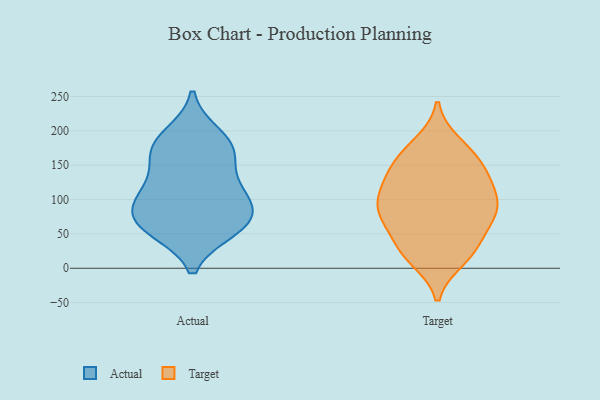
{"axis": {"x": "Waste Production (Tons)", "y": "Value"}, "legend": ["Actual", "Target"], "data": [{"x": "", "y": 68, "type": "Actual"}, {"x": "", "y": 193, "type": "Actual"}, {"x": "", "y": 170, "type": "Actual"}, {"x": "", "y": 105, "type": "Actual"}, {"x": "", "y": 169, "type": "Actual"}, {"x": "", "y": 86, "type": "Actual"}, {"x": "", "y": 174, "type": "Actual"}, {"x": "", "y": 119, "type": "Actual"}, {"x": "", "y": 111, "type": "Actual"}, {"x": "", "y": 57, "type": "Actual"}, {"x": "", "y": 67, "type": "Actual"}, {"x": "", "y": 61, "type": "Actual"}, {"x": "", "y": 99, "type": "Target"}, {"x": "", "y": 24, "type": "Target"}, {"x": "", "y": 76, "type": "Target"}, {"x": "", "y": 124, "type": "Target"}, {"x": "", "y": 67, "type": "Target"}, {"x": "", "y": 124, "type": "Target"}, {"x": "", "y": 30, "type": "Target"}, {"x": "", "y": 136, "type": "Target"}, {"x": "", "y": 170, "type": "Target"}, {"x": "", "y": 83, "type": "Target"}, {"x": "", "y": 94, "type": "Target"}, {"x": "", "y": 93, "type": "Target"}, {"x": "", "y": 146, "type": "Target"}, {"x": "", "y": 69, "type": "Target"}, {"x": "", "y": 159, "type": "Target"}, {"x": "", "y": 181, "type": "Target"}, {"x": "", "y": 25, "type": "Target"}, {"x": "", "y": 14, "type": "Target"}]}